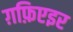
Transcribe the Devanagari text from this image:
ग़फ़िएइर